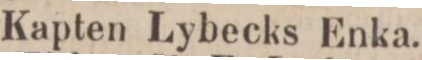
Kapten Lybecks Enka.